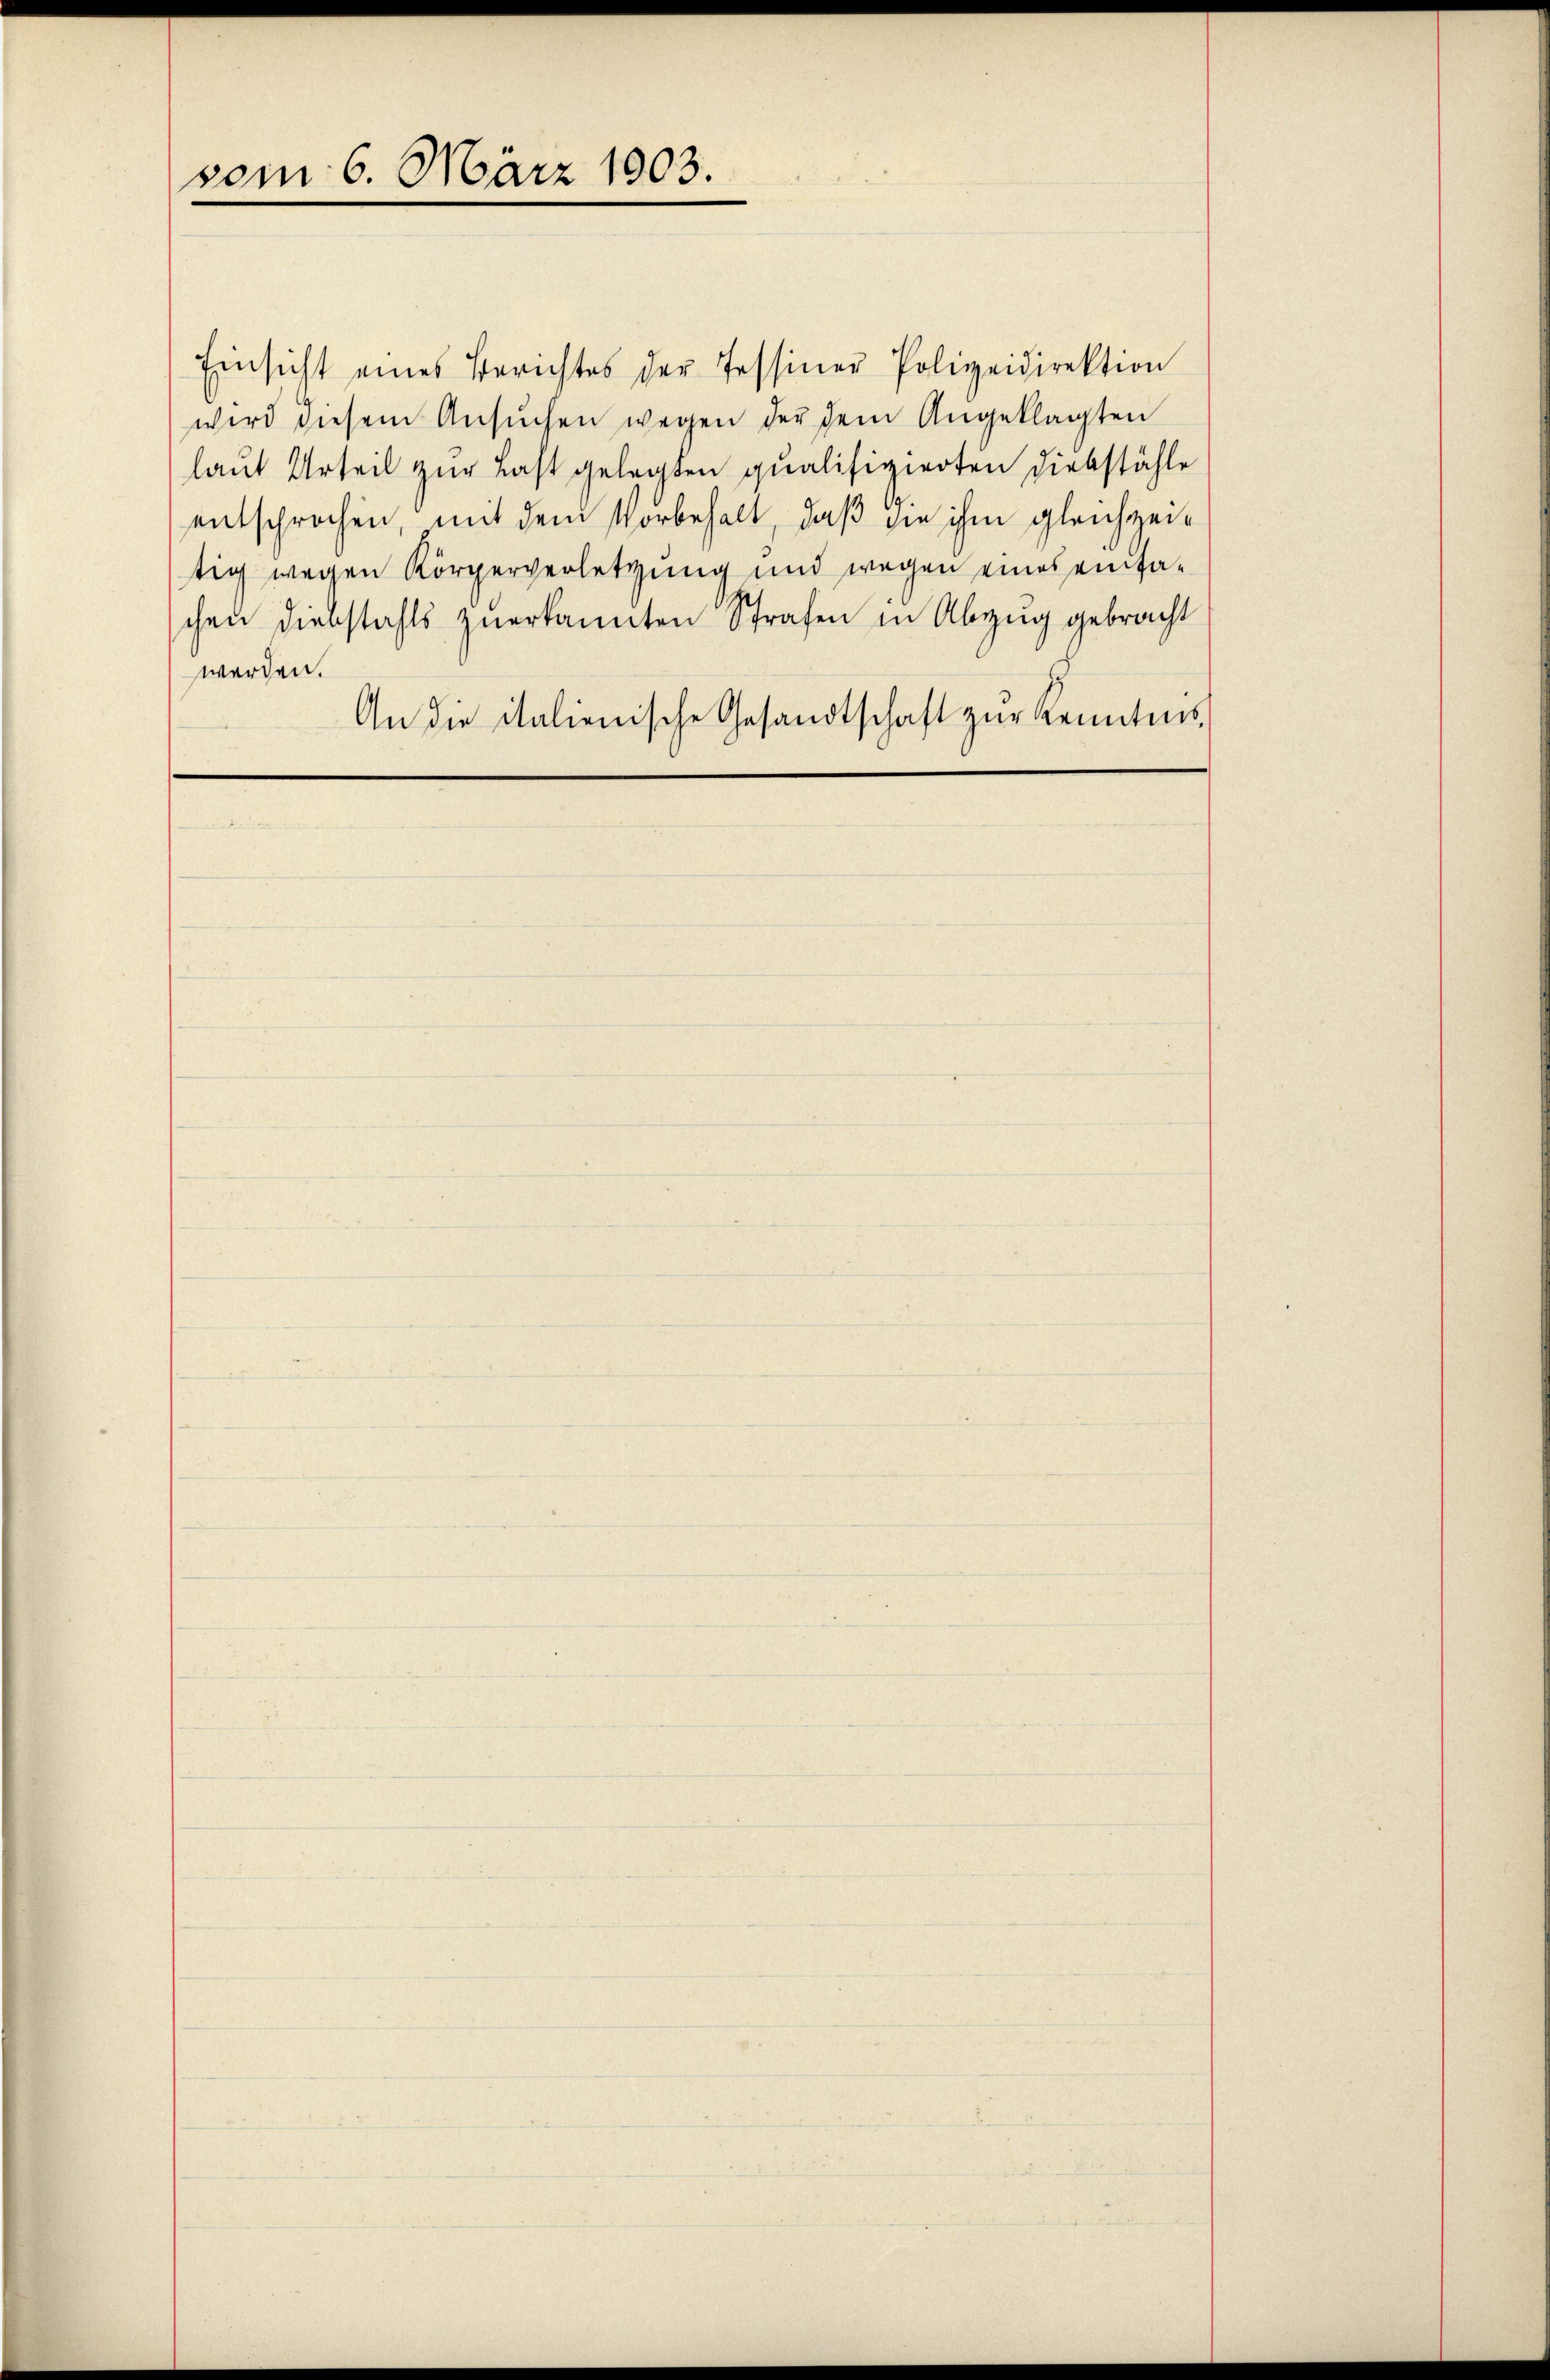
vom 6. März 1903.

Einsicht eines Berichtes der Tessiner Polizeidirektion
wird diesem Ansŭchen wegen der dem Angeklagten
laut Urteil zur Last gelegten qualifizierten Diebstähle
entsprochen, mit dem Vorbehalt, daß die ihm gleichzeitig wegen Körperverletzung und wegen eines einfachen Diebstahls zuerkannten Strafen in Abzug gebracht
werden.
An die italienische Gesandtschaft zŭr Kenntnis